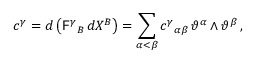
c ^ { \gamma } = d \left( \mathsf { F } ^ { \gamma } { } _ { B } \, d X ^ { B } \right) = \sum _ { \alpha < \beta } c ^ { \gamma } { } _ { \alpha \beta } \, \vartheta ^ { \alpha } \wedge \vartheta ^ { \beta } \, ,